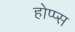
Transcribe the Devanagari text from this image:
होप्प्स